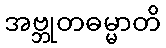
အဗ္ဘုတဓမ္မာတိ